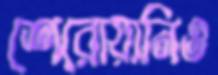
শেরোয়ানিও